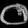
Digit: ၀